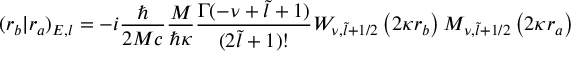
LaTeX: ( r _ { b } | r _ { a } ) _ { E , l } = - i \frac { \hbar } { 2 M c } \frac { M } { \hbar \kappa } \frac { \Gamma ( - \nu + \tilde { l } + 1 ) } { ( 2 \tilde { l } + 1 ) ! } W _ { \nu , \tilde { l } + 1 / 2 } \left( 2 \kappa r _ { b } \right) M _ { \nu , \tilde { l } + 1 / 2 } \left( 2 \kappa r _ { a } \right)